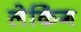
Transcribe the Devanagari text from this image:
लेकिंग